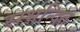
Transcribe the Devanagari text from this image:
स्म्भन्दित